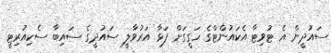
ސައުދީން އެ ޓުވިޓާ އެކައުންޓްގެ ހަގީގަށް ފަޅާ އަރުވާލީ ސައުދީގެ ސައިބާ ސެކިއުރިޓީ